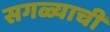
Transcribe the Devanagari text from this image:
सगळ्याची